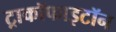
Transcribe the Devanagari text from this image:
ट्राकॉफाइटॉन